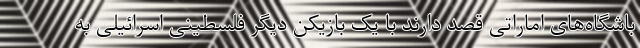
باشگاه‌های اماراتی قصد دارند با یک بازیکن دیگر فلسطینی اسرائیلی به